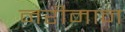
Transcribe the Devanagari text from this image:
नरीमान